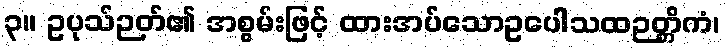
၃။ ဥပုသ်ဉတ်၏ အစွမ်းဖြင့် ထားအပ်သောဥပေါသထဉတ္တိကံ၊